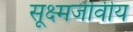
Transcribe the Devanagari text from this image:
सूक्ष्मजीवीय